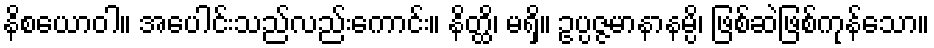
နိစယောဝါ။ အပေါင်းသည်လည်းကောင်း။ နိတ္ထိ၊ မရှိ။ ဥပ္ပဇ္ဇမာနာနမ္ပိ၊ ဖြစ်ဆဲဖြစ်ကုန်သော။